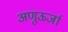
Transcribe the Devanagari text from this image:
अणूऊर्जा